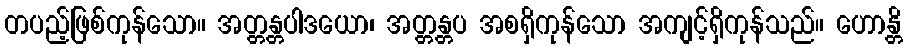
တပည့်ဖြစ်ကုန်သော။ အတ္တန္တပါဒယော၊ အတ္တန္တပ အစရှိကုန်သော အကျင့်ရှိကုန်သည်။ ဟောန္တိ